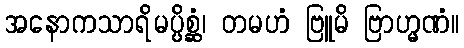
အနောကသာရိမပ္ပိစ္ဆံ၊ တမဟံ ဗြူမိ ဗြာဟ္မဏံ။